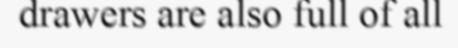
drawers are also full of all